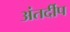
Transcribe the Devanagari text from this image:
अंतर्दीप